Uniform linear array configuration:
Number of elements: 8
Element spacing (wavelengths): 0.5
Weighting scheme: hamming
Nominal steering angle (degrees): -60
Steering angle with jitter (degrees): -59.707
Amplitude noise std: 0.05
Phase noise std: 0.05

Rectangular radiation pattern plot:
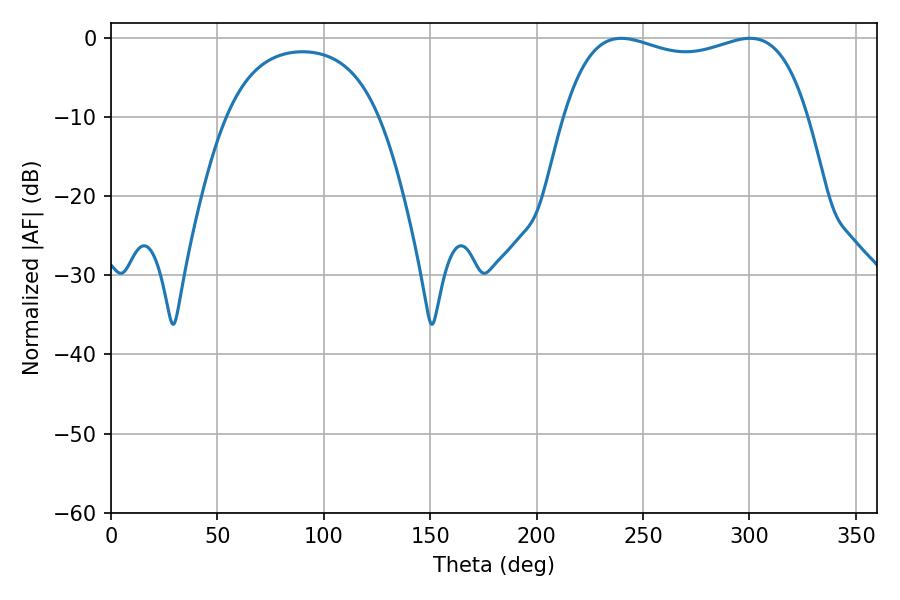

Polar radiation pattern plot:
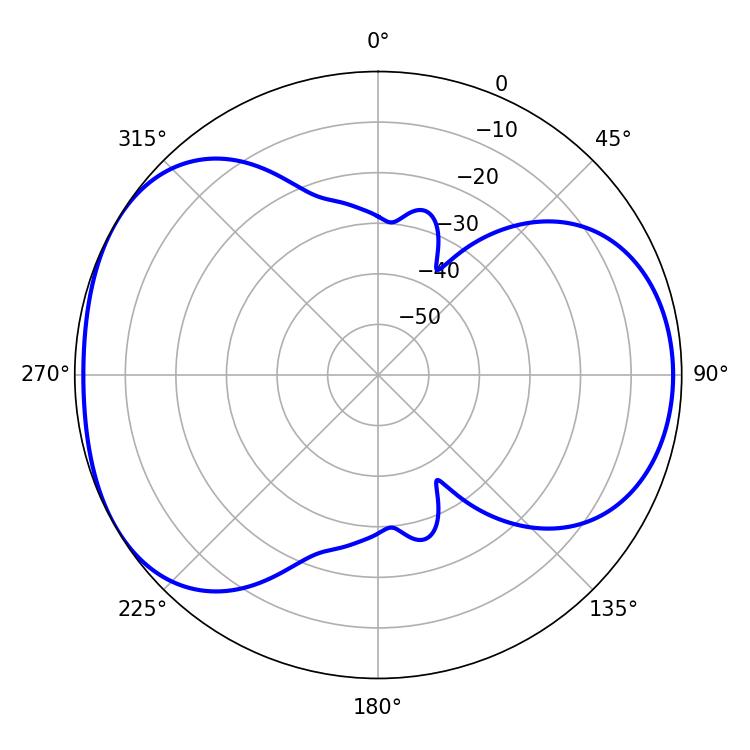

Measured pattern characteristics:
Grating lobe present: FALSE
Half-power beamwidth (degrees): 93.6
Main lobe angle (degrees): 239.76